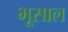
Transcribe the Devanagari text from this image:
भूसाल